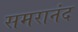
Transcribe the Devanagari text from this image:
समरानंद